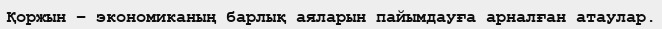
Қоржын – экономиканың барлық аяларын пайымдауға арналған атаулар.